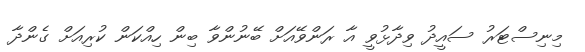
މިނިސްޓަރު ސައީދު ވިދާޅުވީ އާ ރަންވޭއަށް ބޭނުންވާ ބިން ހިއްކަން ކުރިއަށް ގެންދާ